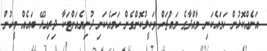
އަނެއްކޮޅުން ހަމައެކަނި މާއްދާގެ މައްޗަށް ވަކީލުކޮށްގެން ހަމައެކަނި ދުނިޔެއަށްޓަކާ ދިރިއުޅޭ ބައެއް މީހުން